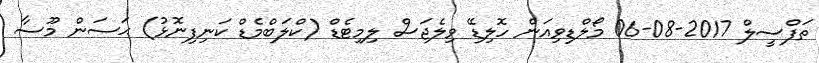
ތަފްސީލް 2017-08-06 މޯލްޑިވިއަން ހޮލިޑޭ ވިލެޖަސް ލިމިޓެޑް (ކްލަބްމެޑް ކަނިފިނޮޅު) ޙަސަން މޫސާ